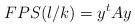
LaTeX: \begin{align*}FPS(l/k) = y^t Ay\end{align*}